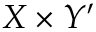
{ X } \times { Y } ^ { \prime }